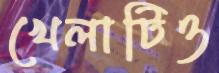
খেলাটিও